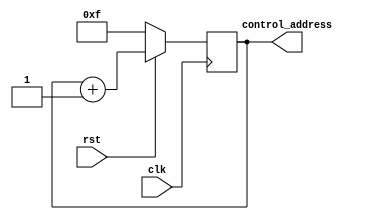
module control_unit(
					input clk,
					input rst,
					output reg [3:0]control_address
					);
					
	always @(posedge clk)
		begin
			if(!rst)
				control_address <= 4'b1111;
			else
				control_address <= control_address + 1;
		end

endmodule